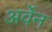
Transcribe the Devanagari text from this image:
अर्वेन